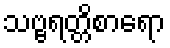
သဗ္ဗရတ္တိစာရော